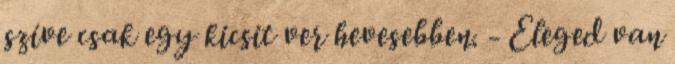
szíve csak egy kicsit ver hevesebben. - Eleged van